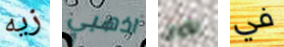
زيه اذهبي الأوان في